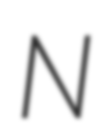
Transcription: N